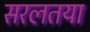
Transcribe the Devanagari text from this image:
सरलतया